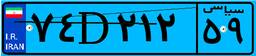
۷۴D۲۱۲۵۹